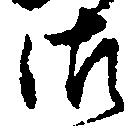
御